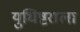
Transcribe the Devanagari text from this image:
युधिष्टराला